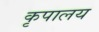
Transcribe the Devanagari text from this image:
कृपालय